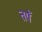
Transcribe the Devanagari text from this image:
तपें